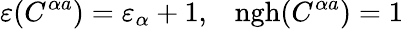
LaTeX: \varepsilon(C^{\alpha a})=\varepsilon_{\alpha}+1,\; \; \; \mathrm{ngh}(C^{\alpha a})=1